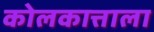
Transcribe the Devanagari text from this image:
कोलकात्ताला